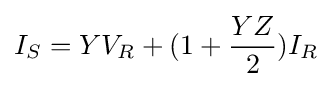
I_{S}=YV_{R}+(1+{\frac {YZ}{2}})I_{R}